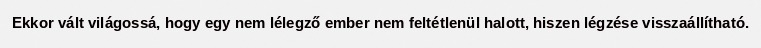
Ekkor vált világossá, hogy egy nem lélegző ember nem feltétlenül halott, hiszen légzése visszaállítható.